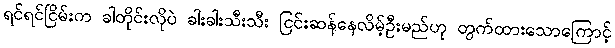
ရင်ရင်ငြိမ်းက ခါတိုင်းလိုပဲ ခါးခါးသီးသီး ငြင်းဆန်နေလိမ့်ဦးမည်ဟု တွက်ထားသောကြောင့်